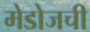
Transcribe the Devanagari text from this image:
मेडोजची